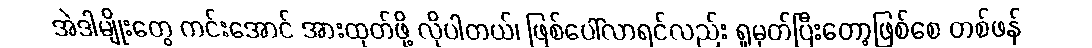
အဲဒါမျိုးတွေ ကင်းအောင် အားထုတ်ဖို့ လိုပါတယ်၊ ဖြစ်ပေါ်လာရင်လည်း ရှုမှတ်ပြီးတော့ဖြစ်စေ တစ်ဖန်